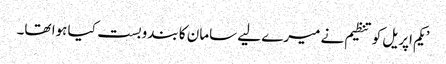
’یکم اپریل کو تنظیم نے میرے لیے سامان کا بندوبست کیا ہوا تھا۔